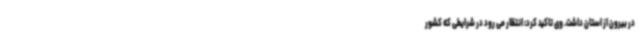
در بیرون از استان داشت. وی تاکید کرد: انتظار می رود در شرایطی که کشور